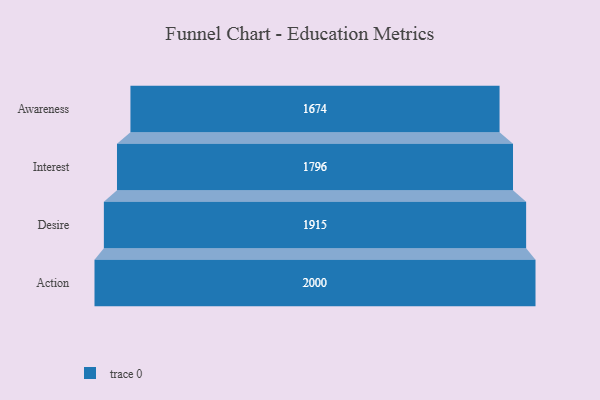
{"axis": {"x": "Stage", "y": "Value"}, "legend": [""], "data": [{"x": "Awareness", "y": 1674.0, "type": ""}, {"x": "Interest", "y": 1796.0, "type": ""}, {"x": "Desire", "y": 1915.0, "type": ""}, {"x": "Action", "y": 2000, "type": ""}]}